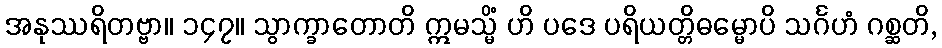
အနုဿရိတဗ္ဗာ။ ၁၄၇။ သွာက္ခာတောတိ ဣမသ္မိံ ဟိ ပဒေ ပရိယတ္တိဓမ္မောပိ သင်္ဂဟံ ဂစ္ဆတိ,